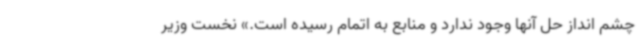
چشم انداز حل آنها وجود ندارد و منابع به اتمام رسیده است.» نخست وزیر